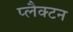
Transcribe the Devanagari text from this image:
प्लैक्टन